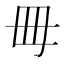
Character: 𣫬